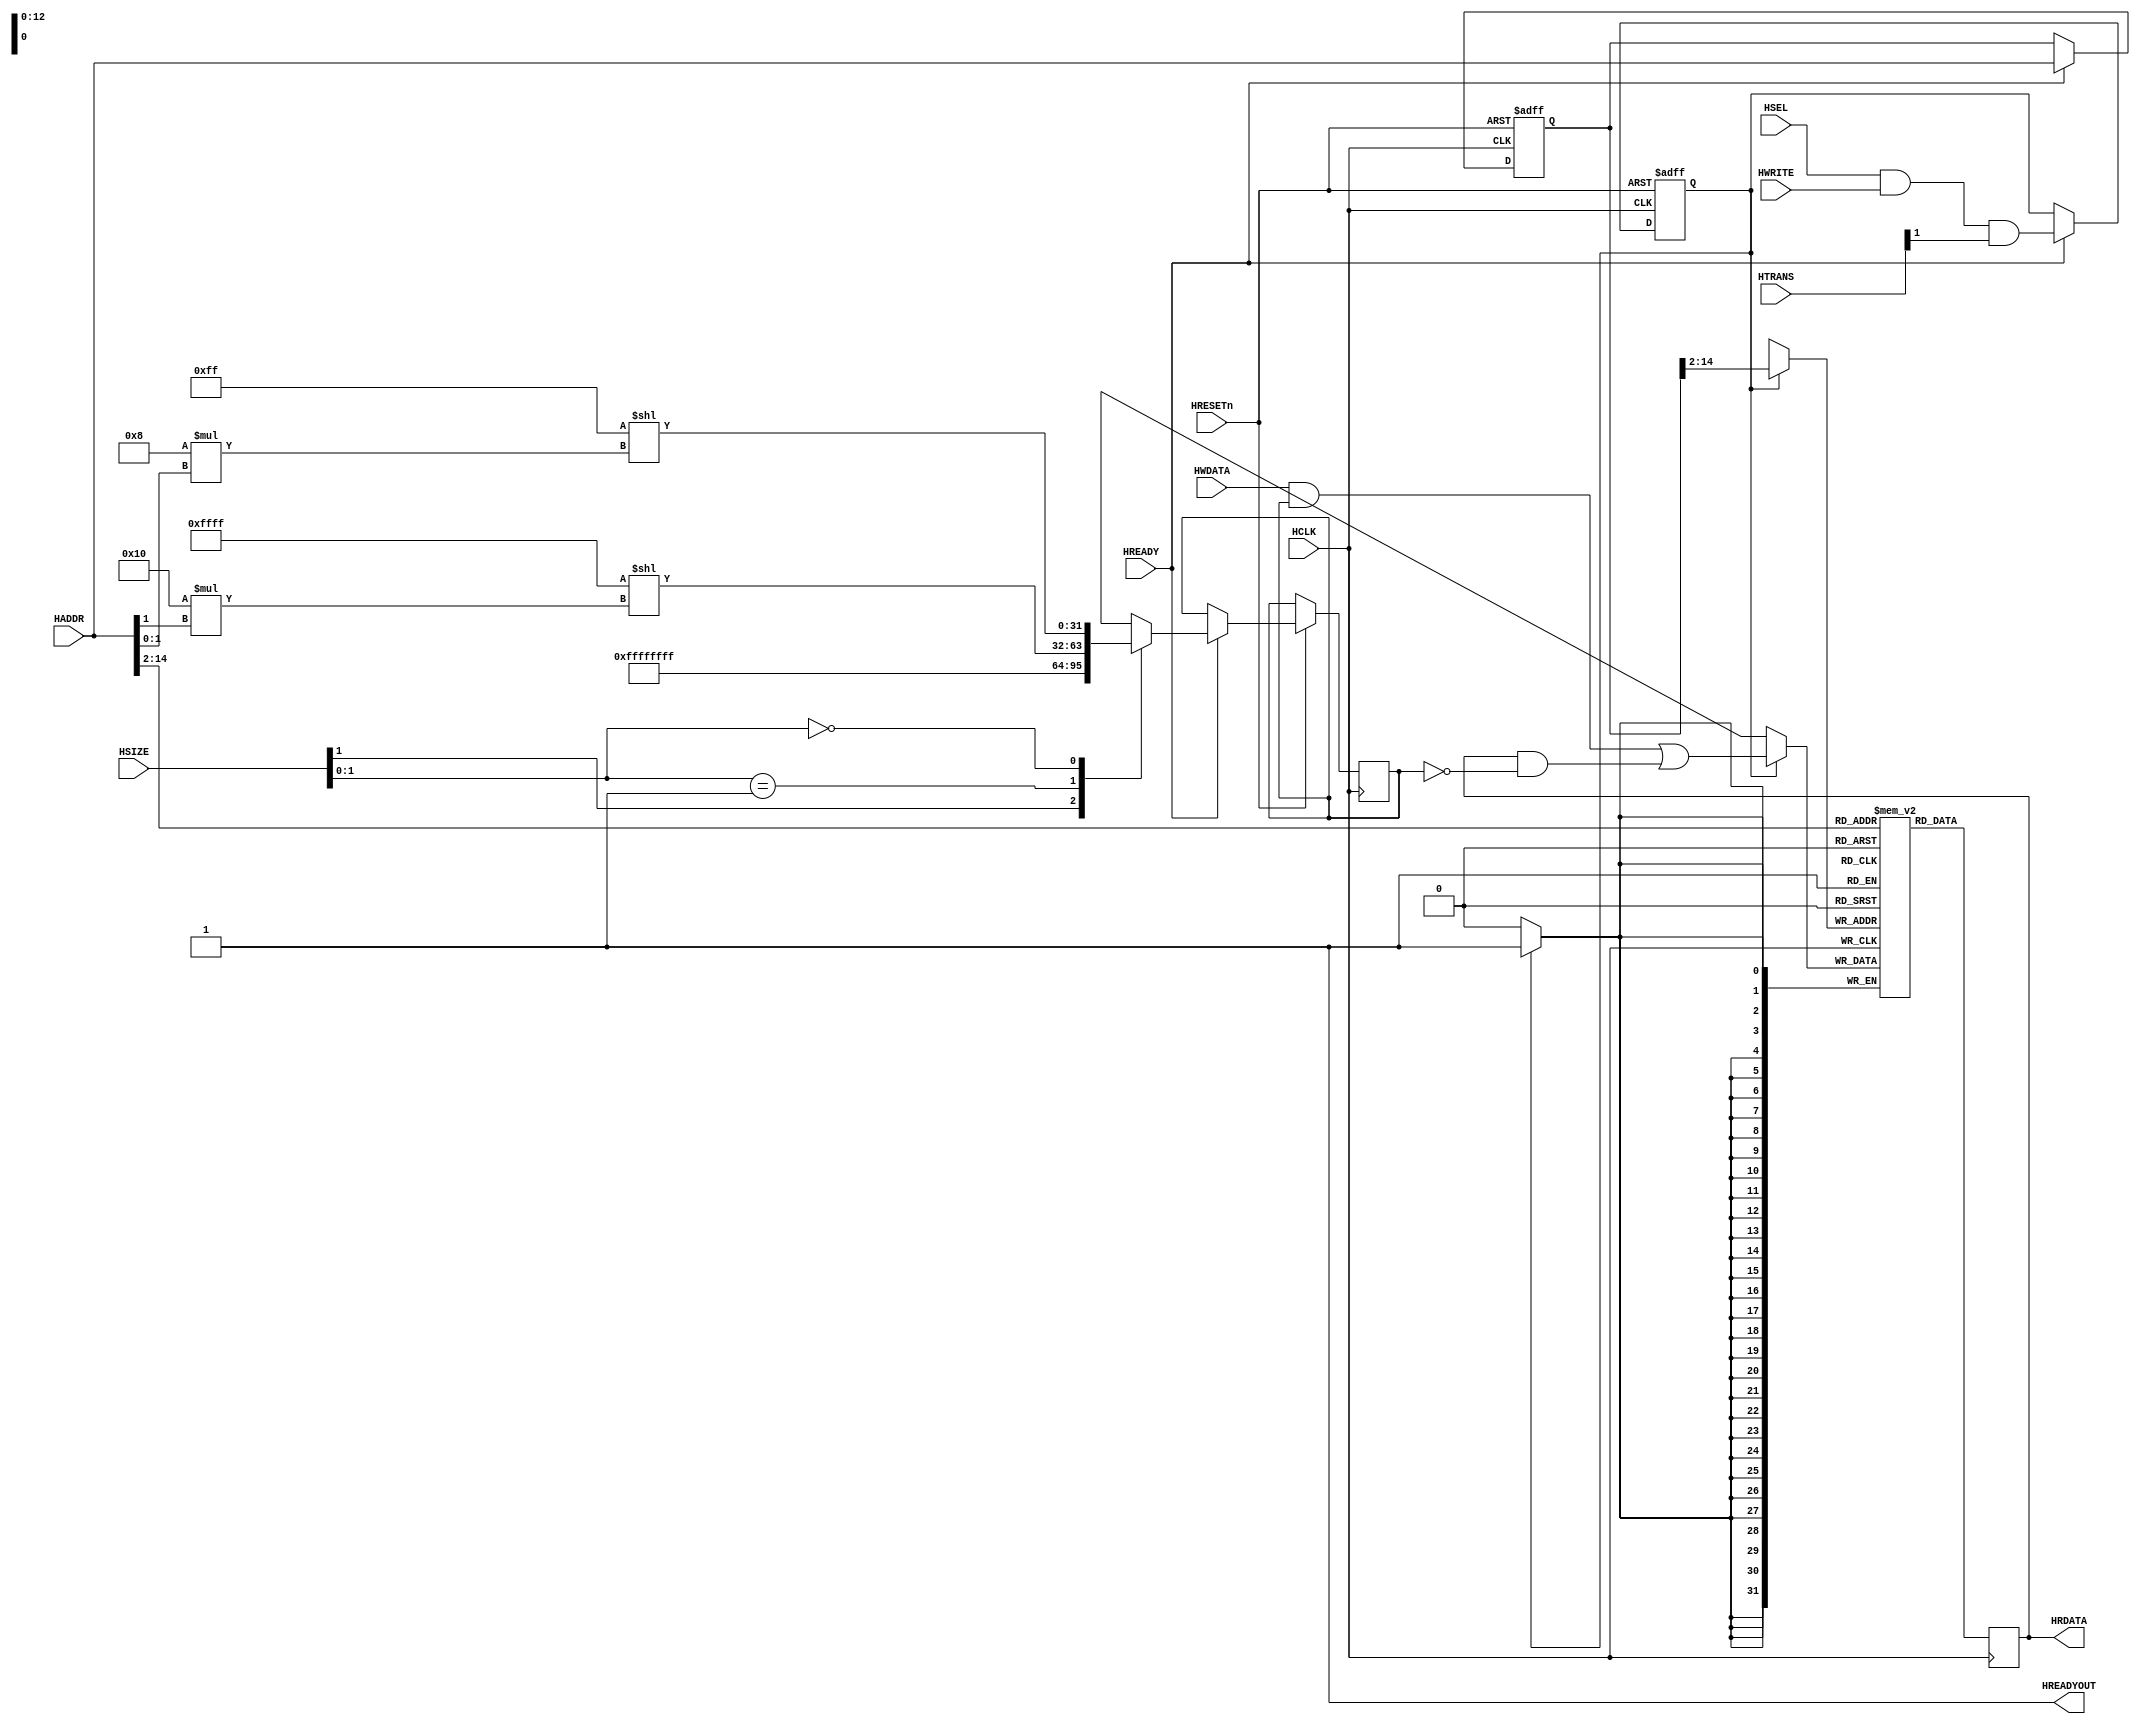
`timescale 1ns / 1ps
//////////////////////////////////////////////////////////////////////////////////
// Company: 
// Engineer: 
// 
// Design Name: 
// Module Name: AHB2MEM
// Project Name: 
// Target Devices: 
// Tool Versions: 
// Description: 
// 
// Dependencies: 
// 
// Revision:
// Revision 0.01 - File Created
// Additional Comments:
// 
//////////////////////////////////////////////////////////////////////////////////

////////////////////////////////////////////////////////////////////////////////
// AHB-Lite Memory Module
////////////////////////////////////////////////////////////////////////////////
module AHB2MEM
   #(parameter MEMWIDTH = 15)               // Size = 32KB
   (
   input wire           HSEL,
   input wire           HCLK,
   input wire           HRESETn,
   input wire           HREADY,
   input wire    [31:0] HADDR,
   input wire     [1:0] HTRANS,
   input wire           HWRITE,
   input wire     [2:0] HSIZE,
   input wire    [31:0] HWDATA,
   output wire          HREADYOUT,
   output reg    [31:0] HRDATA
   );

   assign HREADYOUT = 1'b1; // Always ready

   // Memory Array
   reg  [31:0] memory[0:(2**(MEMWIDTH-2)-1)];

   // Registers to store Adress Phase Signals
   reg  [31:0] hwdata_mask;
   reg         we;
   reg  [31:0] buf_hwaddr;

   // Sample the Address Phase   
   always @(posedge HCLK or negedge HRESETn)
   begin
      if(!HRESETn)
      begin
         we <= 1'b0;
         buf_hwaddr <= 32'h0;
      end
      else
         if(HREADY)
         begin
            we <= HSEL & HWRITE & HTRANS[1];
            buf_hwaddr <= HADDR;
   
            casez (HSIZE[1:0])
               2'b1?: hwdata_mask <=  32'hFFFFFFFF;                        // Word write
               2'b01: hwdata_mask <= (32'h0000FFFF << (16 * HADDR[1]));    // Halfword write
               2'b00: hwdata_mask <= (32'h000000FF << (8 * HADDR[1:0]));   // Byte write
            endcase
          end
   end
   
   // Read and Write Memory
   always @ (posedge HCLK)
   begin
      if(we)
         memory[buf_hwaddr[MEMWIDTH:2]] <= (HWDATA & hwdata_mask) | (HRDATA & ~hwdata_mask);
      HRDATA = memory[HADDR[MEMWIDTH:2]];
   end

endmodule